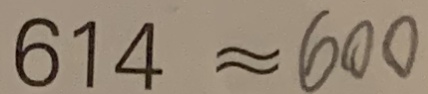
6 1 4 \approx 6 0 0